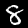
Digit: 8